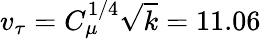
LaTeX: v_{\tau}=C_{\mu}^{1/4}\sqrt{k}=11.06